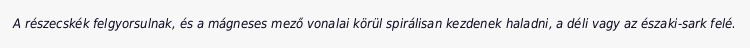
A részecskék felgyorsulnak, és a mágneses mező vonalai körül spirálisan kezdenek haladni, a déli vagy az északi-sark felé.